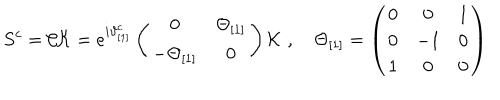
S ^ { c } = { \cal C } { \cal K } = e ^ { i \vartheta _ { [ 1 ] } ^ { c } } \left( \begin{matrix} { { 0 } } & { { \Theta _ { [ 1 ] } } } \\ { { - \Theta _ { [ 1 ] } } } & { { 0 } } \\ \end{matrix} \right) { \cal K } \, \, , \quad \Theta _ { [ 1 ] } = \left( \begin{matrix} { { 0 } } & { { 0 } } & { { 1 } } \\ { { 0 } } & { { - 1 } } & { { 0 } } \\ { { 1 } } & { { 0 } } & { { 0 } } \\ \end{matrix} \right)